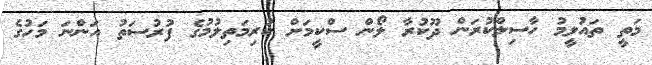
މަތީ ތައުލީމު ހާސިލްކުރަން ދޫކުރާ ލޯން ސްކީމަށް ކުރިމަތިލުމުގެ ފުރުސަތު އަންނަ މަހުގެ